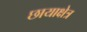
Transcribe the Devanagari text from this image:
छायाक्षेत्र